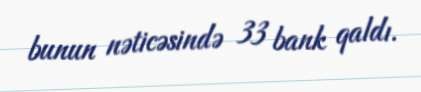
bunun nəticəsində 33 bank qaldı.